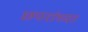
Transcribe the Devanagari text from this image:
छपरांच्या